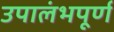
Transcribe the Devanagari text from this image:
उपालंभपूर्ण